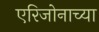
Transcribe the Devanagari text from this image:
एरिजोनाच्या